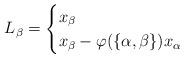
LaTeX: \begin{align*} L_\beta = \begin{cases} x_\beta &\\ x_\beta-\varphi(\{\alpha,\beta\})x_\alpha & \end{cases}\end{align*}